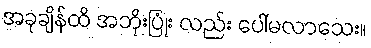
အခုချိန်ထိ အဘိုးပြုံး လည်း ပေါ်မလာသေး။